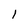
Character: 1